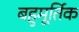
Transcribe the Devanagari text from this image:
बहुमूर्तिक